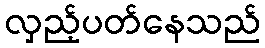
လှည့်ပတ်နေသည်